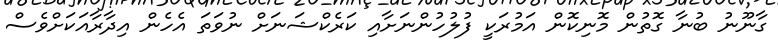
ގާނޫނު ބުނާ ގޮތުން މޮނިކޮން އަމުރަކީ ފުލުހުންނަށާއި ކަރެކްޝަނަށް ނުވަތަ އެހެން އިދާރާއަކަށްވެސް